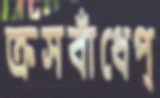
ক্রসবাঁধেপ্